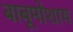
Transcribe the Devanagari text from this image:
बाबूमोशाय